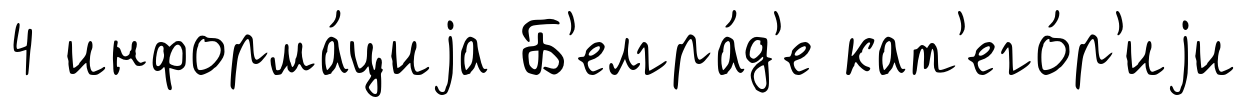
4 информа́циjа Б'елгра́д'е кат'его́р'иjи